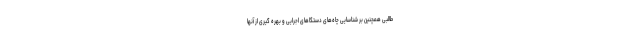
طالبی همچنین بر شناسایی چاه‌های دستگاهای اجرایی و بهره گیری از آنها